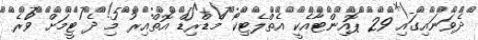
ދެވަނައިގައި 29 ޕޮއިންޓާއެކީ އެތްލެޓިކޯ މެޑްރިޑް އޮތްއިރު މި ދެ ޓީމަށް ވުރެ